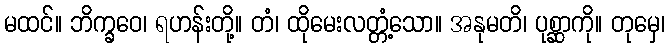
မထင်။ ဘိက္ခဝေ၊ ရဟန်းတို့။ တံ၊ ထိုမေးလတ္တံ့သော။ အနုမတိ၊ ပုစ္ဆာကို။ တုမှေ၊